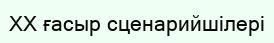
XX ғасыр сценарийшілері